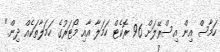
ހަމާސް އިން އިސްރޭލަށް 96 ރޮކެޓް ހަމަލާ އާއި މޯޓަރުގެ ހަމަލާތަކެއް ދިން."